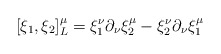
\begin{align*}[\xi_1,\xi_2]^{\mu}_{L}=\xi^{\nu}_{1} \partial_{\nu}\xi^{\mu}_{2}-\xi^{\nu}_{2} \partial_{\nu}\xi^{\mu}_{1}\end{align*}